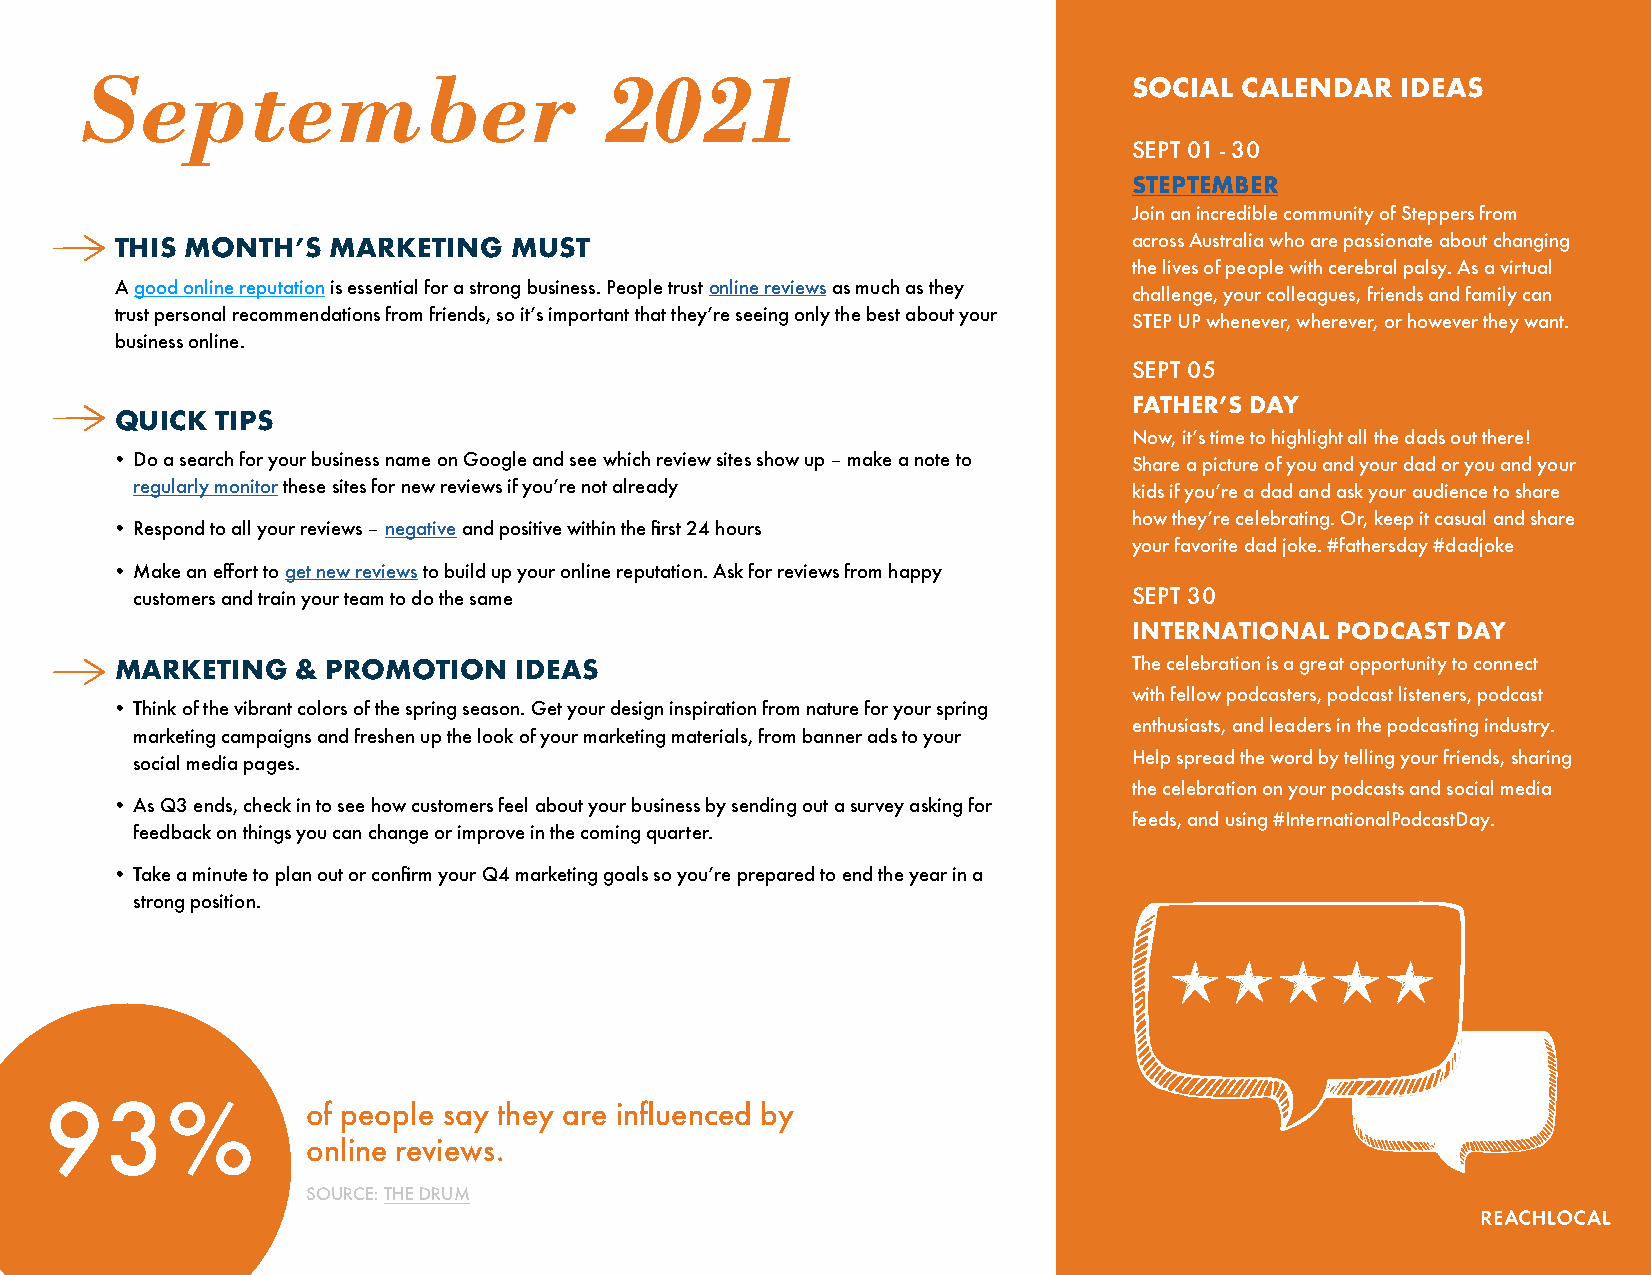
September                          2021                               SOCIAL CALENDAR   IDEAS
 SEPT 01 - 30
 STEPTEMBER
 Join an incredible community of Steppers from
 THIS MONTH’S  MARKETING   MUST                                     across Australia who are passionate about changing
 the lives of people with cerebral palsy. As a virtual
 A good online reputation is essential for a strong business. People trust online reviews as much as they
 challenge, your colleagues, friends and family can
 trust personal recommendations from friends, so it’s important that they’re seeing only the best about your
 STEP UP whenever, wherever, or however they want.
 business online.
 SEPT 05
 FATHER’S DAY
 QUICK TIPS
 Now, it’s time to highlight all the dads out there!
 • Do a search for your business name on Google and see which review sites show up – make a note to Share a picture of you and your dad or you and your
 regularly monitor these sites for new reviews if you’re not already kids if you’re a dad and ask your audience to share
 how they’re celebrating. Or, keep it casual and share
 • Respond to all your reviews – negative and positive within the first 24 hours
 your favorite dad joke. #fathersday #dadjoke
 • Make an effort to get new reviews to build up your online reputation. Ask for reviews from happy
 customers and train your team to do the same                      SEPT 30
 INTERNATIONAL PODCAST DAY
 MARKETING   & PROMOTION   IDEAS                                    The celebration is a great opportunity to connect
 with fellow podcasters, podcast listeners, podcast
 • Think of the vibrant colors of the spring season. Get your design inspiration from nature for your spring
 enthusiasts, and leaders in the podcasting industry.
 marketing campaigns and freshen up the look of your marketing materials, from banner ads to your
 social media pages.                                               Help spread the word by telling your friends, sharing
 the celebration on your podcasts and social media
 • As Q3 ends, check in to see how customers feel about your business by sending out a survey asking for
 feeds, and using #InternationalPodcastDay.
 feedback on things you can change or improve in the coming quarter.
 • Take a minute to plan out or confirm your Q4 marketing goals so you’re prepared to end the year in a
 strong position.
 93%
 of people say they are influenced by
 online reviews.
 SOURCE: THE DRUM